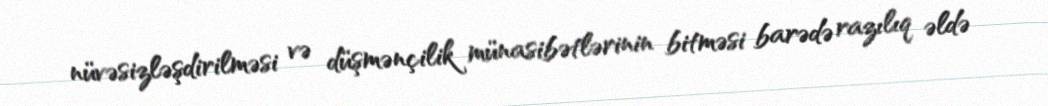
nüvəsizləşdirilməsi və düşmənçilik münasibətlərinin bitməsi barədə razılıq əldə